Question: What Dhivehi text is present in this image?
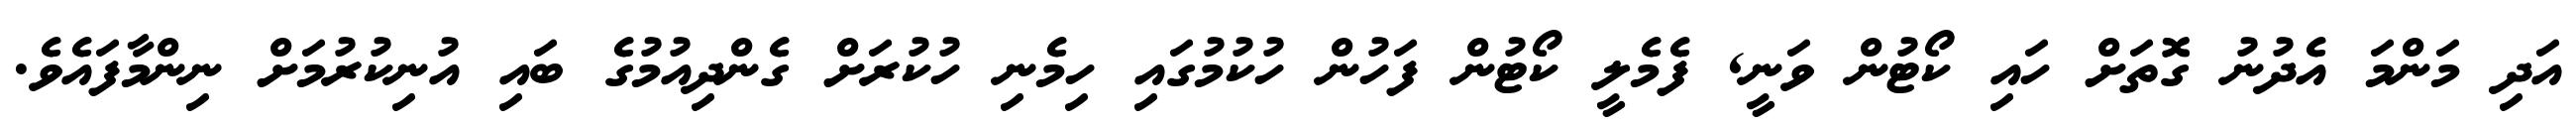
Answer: އަދި މަންމަ އެދުނު ގޮތަށް ހައި ކޯޓުން ވަނީ, ފެމެލީ ކޯޓުން ފަހުން ހުކުމުގައި ހިމެނި ހުކުރަށް ގެންދިއުމުގެ ބައި އުނިކުރުމަށް ނިންމާފައެވެ.